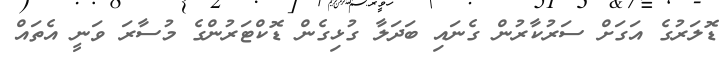
ޑޮލަރުގެ އަގަށް ސަރުކާރުން ގެނައި ބަދަލާ ގުޅިގެން ޑޮކްޓަރުންގެ މުސާރަ ވަނީ އެތައް